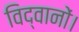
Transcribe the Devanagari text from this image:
विद्वानों।